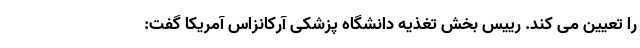
را تعیین می کند. رییس بخش تغذیه دانشگاه پزشکی آرکانزاس آمریکا گفت: